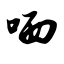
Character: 哂